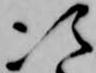
次